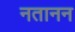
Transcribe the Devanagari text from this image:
नतानन